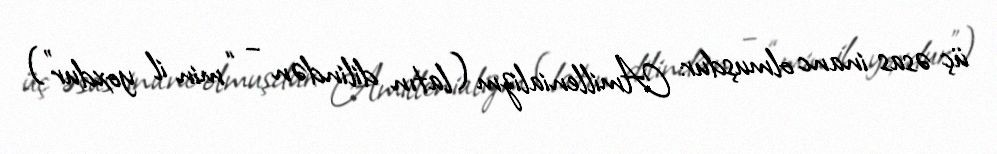
üç əsas inanc olmuşdur: Amillenializm (latın dilindən – “min il yoxdur”)